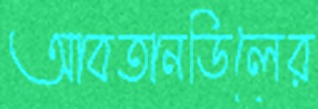
আবতানডিলের